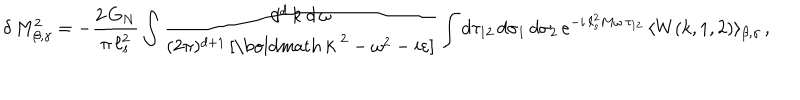
LaTeX: \delta \, M _ { \beta , \gamma } ^ { 2 } = - \frac { 2 \, G _ { N } } { \pi \, \ell _ { s } ^ { 2 } } \int \frac { d ^ { d } \, k \ d \, \omega } { ( 2 \pi ) ^ { d + 1 } \, [ \mathrm { \boldmath ~ k ~ } ^ { 2 } - \omega ^ { 2 } - i \varepsilon ] } \int d \tau _ { 1 2 } \, d \sigma _ { 1 } \, d \sigma _ { 2 } \, e ^ { - i \, \ell _ { s } ^ { 2 } M \omega \, \tau _ { 1 2 } } \, \langle W ( k , 1 , 2 ) \rangle _ { \beta , \gamma } \, ,